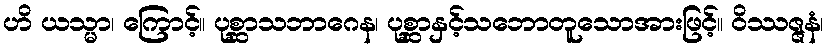
ဟိ ယသ္မာ၊ ကြောင့်။ ပုစ္ဆာသဘာဂေန၊ ပုစ္ဆာနှင့်သဘောတူသောအားဖြင့်။ ဝိဿဇ္ဇနံ၊